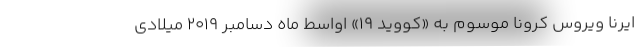
ایرنا ویروس کرونا موسوم به «کووید ۱۹» اواسط ماه دسامبر ۲۰۱۹ میلادی